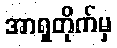
အာရှတိုက်မှ